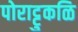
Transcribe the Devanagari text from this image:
पोराट्टुकळि